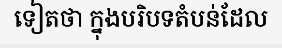
ទៀតថា ក្នុងបរិបទតំបន់ដែល